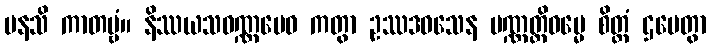
မနသိ ကာတဗ္ဗံ။ နိဿယသဝဏ္ဏမေဝ ကတွာ ဥဿဒဝသေန ပဏ္ဏတ္တိဓမ္မေ စိတ္တံ ဌပေတွာ